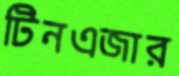
টিনএজার